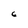
Character: 6